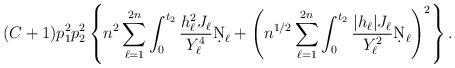
LaTeX: \begin{align*} (C+1) p_1^2 p_2^2 \left\{ n^2 \sum_{\ell=1}^{2n} \int_0^{t_2} \frac{h_\ell^2 J_\ell}{Y_\ell^4} \d N_\ell + \left( n^{1/2} \sum_{\ell=1}^{2n} \int_0^{t_2} \frac{|h_\ell| J_\ell}{Y_\ell^2} \d N_\ell \right)^2 \right\}. \end{align*}